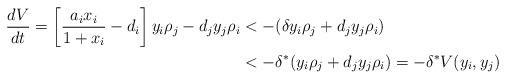
LaTeX: \begin{align*}\frac{dV}{dt} = \left[\frac{a_ix_i}{1+x_i}-d_i\right]y_i\rho_j-d_jy_j\rho_i &<-(\delta y_i\rho_j+d_jy_j\rho_i) \\&< -\delta^* ( y_i\rho_j+d_jy_j\rho_i)=-\delta^* V(y_i,y_j)\end{align*}